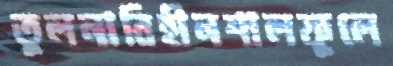
তুলনাবিহীনশালফুলে